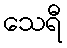
သေရီ